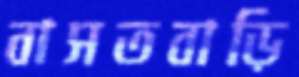
বাসতবাড়ি